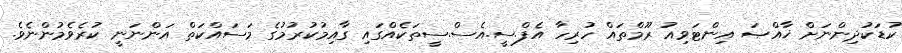
ކުޑަކުދިންނަށް ޚާއްޞަ އިންޓަވިއު ރޫމްތައް ހުރިހާ އެފް.ސީ.އެސް.ސީތަކެއްގައި ގާއިމުކުރުމުގެ މަސައްކަތް އަންނަނީ ކުރެވެމުންނެވެ.